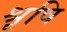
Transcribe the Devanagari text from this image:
श्रृषि